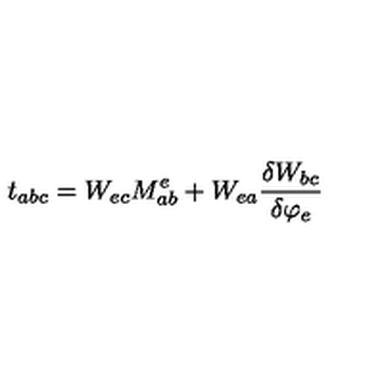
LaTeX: t _ { a b c } = W _ { e c } M _ { a b } ^ { e } + W _ { e a } \frac { \delta W _ { b c } } { \delta \varphi _ { e } }